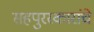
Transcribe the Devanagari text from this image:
सहपुरस्कारांचे